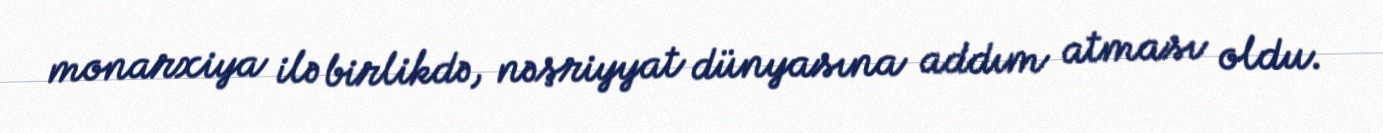
monarxiya ilə birlikdə, nəşriyyat dünyasına addım atması oldu.